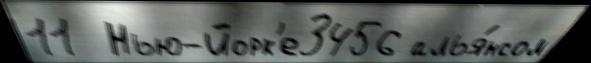
11  Нью-Йорк'е3456 алья́нсом